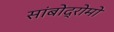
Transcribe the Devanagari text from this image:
सांबोद्रोमो